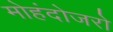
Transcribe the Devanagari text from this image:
मोहंदोजरो